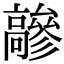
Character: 𩫦